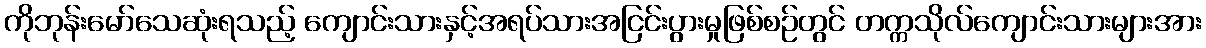
ကိုဘုန်းမော်သေဆုံးရသည့် ကျောင်းသားနှင့်အရပ်သားအငြင်းပွားမှုဖြစ်စဉ်တွင် တက္ကသိုလ်ကျောင်းသားများအား